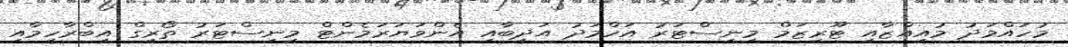
މުހައްމަދު މުއިއްޒާއި ޓޫރިޒަމް މިނިސްޓަރު އަހްމަދު އަދީބާއި އެންވަޔަރަމެންޓް މިނިސްޓަރު ތޯރިގް އިބްރާހީމާއި